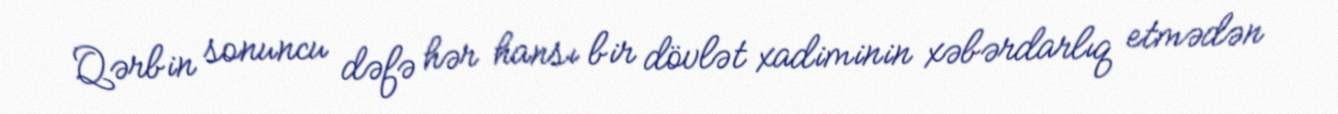
Qərbin sonuncu dəfə hər hansı bir dövlət xadiminin xəbərdarlıq etmədən